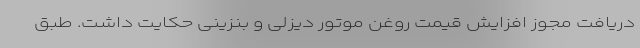
دریافت مجوز افزایش قیمت روغن موتور دیزلی و بنزینی حکایت داشت. طبق